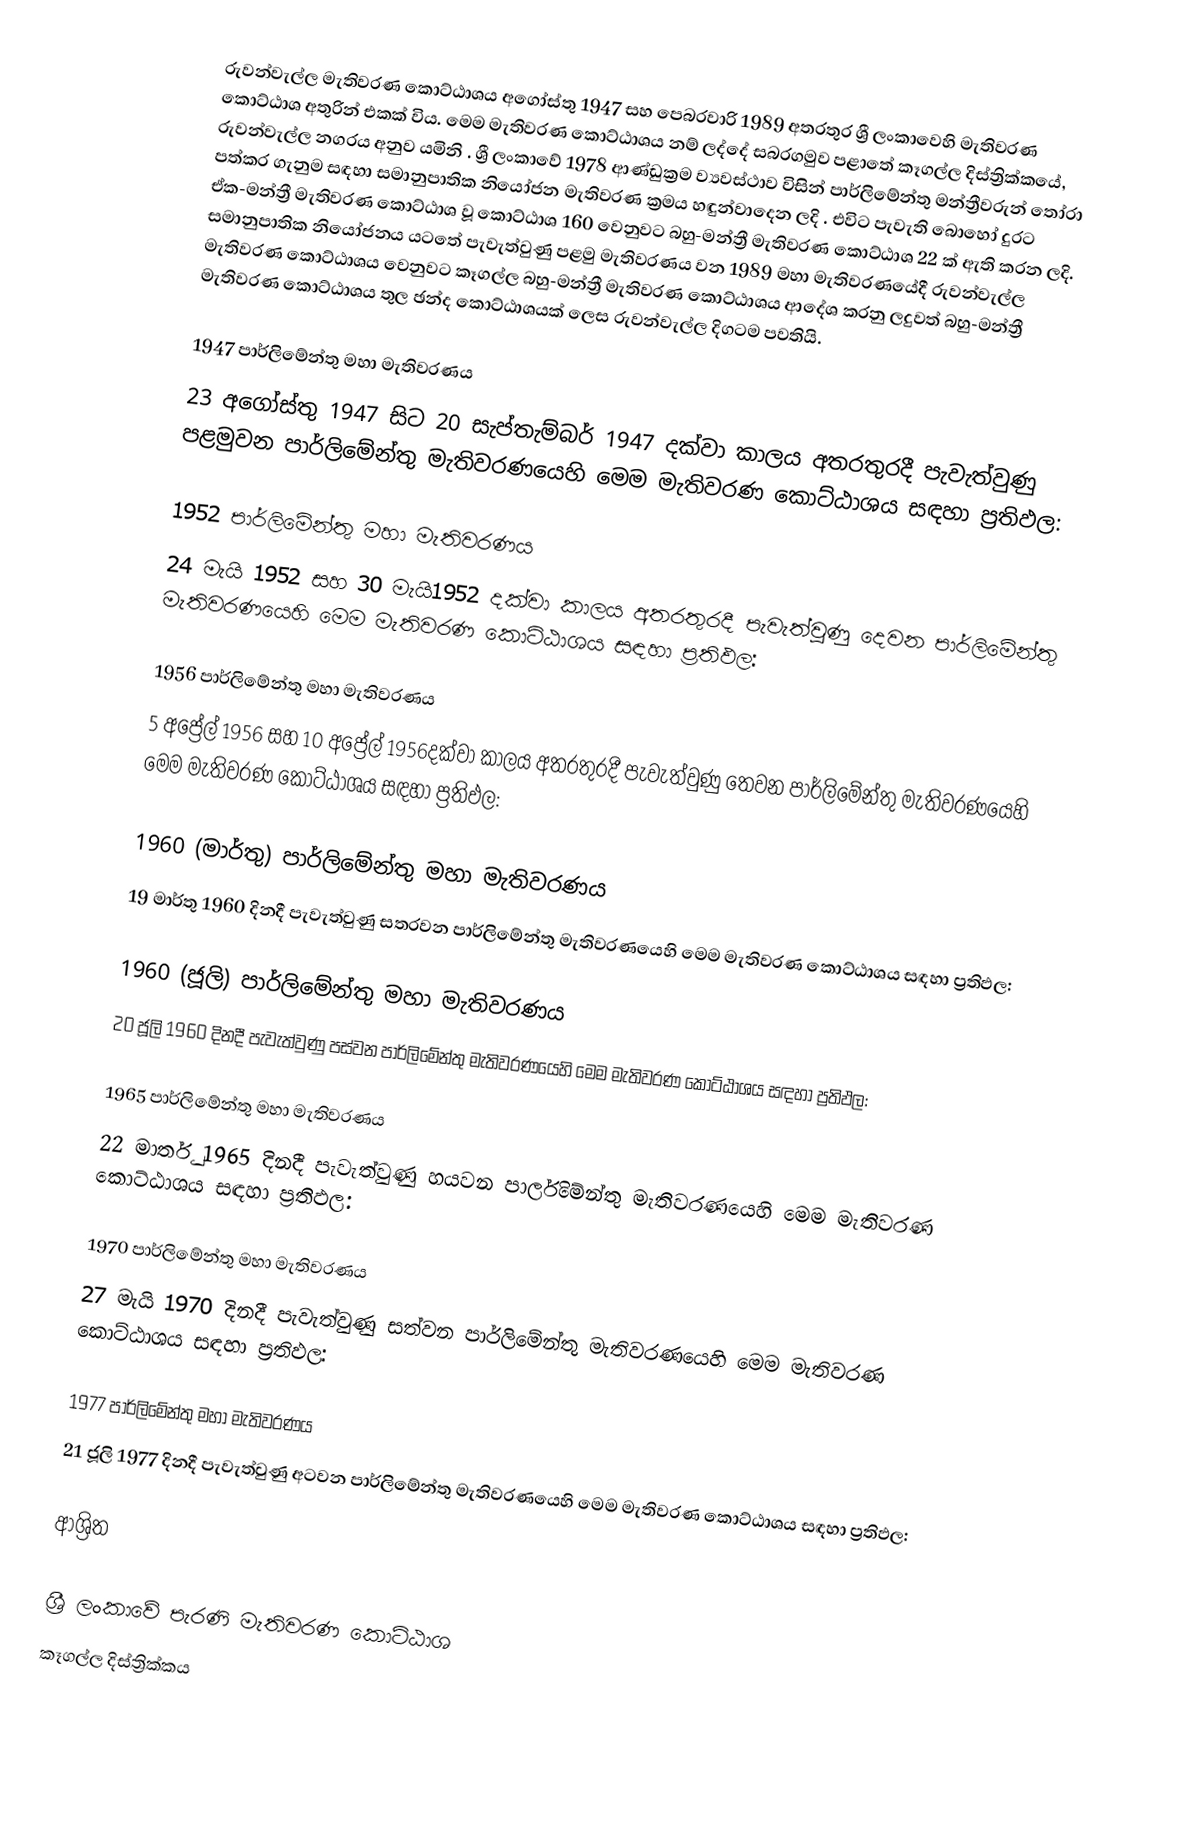
රුවන්වැල්ල මැතිවරණ කොට්ඨාශය  අගෝස්තු 1947 සහ පෙබරවාරි 1989 අතරතුර  ශ්‍රී ලංකාවෙහි  මැතිවරණ කොට්ඨාශ අතුරින් එකක් විය. මෙම මැතිවරණ කොට්ඨාශය නම් ලද්දේ  සබරගමුව පළාතේ  කෑගල්ල  දිස්ත්‍රික්කයේ,  රුවන්වැල්ල නගරය අනුව යමිනි . ශ්‍රී ලංකාවේ 1978 ආණ්ඩුක්‍රම ව්‍යවස්ථාව විසින්   පාර්ලිමේන්තු මන්ත්‍රීවරුන් තෝරා පත්කර ගැනුම සඳහා සමානුපාතික නියෝජන මැතිවරණ ක්‍රමය හඳුන්වාදෙන ලදි . එවිට පැවැති බොහෝ දුරට  ඒක-මන්ත්‍රී මැතිවරණ කොට්ඨාශ වූ කොට්ඨාශ 160 වෙනුවට බහු-මන්ත්‍රී මැතිවරණ කොට්ඨාශ 22 ක් ඇති කරන ලදි. සමානුපාතික නියෝජනය යටතේ පැවැත්වුණු  පළමු මැතිවරණය වන 1989 මහා මැතිවරණයේදී  රුවන්වැල්ල මැතිවරණ කොට්ඨාශය වෙනුවට  කෑගල්ල බහු-මන්ත්‍රී මැතිවරණ කොට්ඨාශය  ආදේශ කරනු ලදුවත් බහු-මන්ත්‍රී මැතිවරණ කොට්ඨාශය තුල ඡන්ද කොට්ඨාශයක් ලෙස රුවන්වැල්ල දිගටම පවතියි.

1947 පාර්ලිමේන්තු මහා මැතිවරණය
23 අගෝස්තු 1947 සිට 20 සැප්තැම්බර් 1947 දක්වා කාලය අතරතුරදී පැවැත්වුණු   පළමුවන පාර්ලිමේන්තු මැතිවරණයෙහි මෙම මැතිවරණ කොට්ඨාශය සඳහා ප්‍රතිඵල:

1952 පාර්ලිමේන්තු මහා මැතිවරණය
24 මැයි 1952 සහ 30 මැයි1952 දක්වා කාලය අතරතුරදී පැවැත්වුණු   දෙවන පාර්ලිමේන්තු මැතිවරණයෙහි මෙම මැතිවරණ කොට්ඨාශය සඳහා ප්‍රතිඵල:

1956 පාර්ලිමේන්තු මහා මැතිවරණය
5 අප්‍රේල් 1956 සහ 10 අප්‍රේල් 1956දක්වා කාලය අතරතුරදී පැවැත්වුණු   තෙවන පාර්ලිමේන්තු මැතිවරණයෙහි මෙම මැතිවරණ කොට්ඨාශය සඳහා ප්‍රතිඵල:

1960 (මාර්තු) පාර්ලිමේන්තු මහා මැතිවරණය
19 මාර්තු 1960 දිනදී පැවැත්වුණු   සතරවන පාර්ලිමේන්තු මැතිවරණයෙහි මෙම මැතිවරණ කොට්ඨාශය සඳහා ප්‍රතිඵල:

1960 (ජූලි) පාර්ලිමේන්තු මහා මැතිවරණය
20 ජූලි 1960 දිනදී පැවැත්වුණු   පස්වන පාර්ලිමේන්තු මැතිවරණයෙහි මෙම මැතිවරණ කොට්ඨාශය සඳහා ප්‍රතිඵල:

1965 පාර්ලිමේන්තු මහා මැතිවරණය
22 මාර්තු 1965  දිනදී පැවැත්වුණු   හයවන පාර්ලිමේන්තු මැතිවරණයෙහි මෙම මැතිවරණ කොට්ඨාශය සඳහා ප්‍රතිඵල:

1970 පාර්ලිමේන්තු මහා මැතිවරණය
27 මැයි 1970 දිනදී පැවැත්වුණු   සත්වන පාර්ලිමේන්තු මැතිවරණයෙහි මෙම මැතිවරණ කොට්ඨාශය සඳහා ප්‍රතිඵල:

1977 පාර්ලිමේන්තු මහා මැතිවරණය
21 ජූලි 1977 දිනදී පැවැත්වුණු   අටවන පාර්ලිමේන්තු මැතිවරණයෙහි මෙම මැතිවරණ කොට්ඨාශය සඳහා ප්‍රතිඵල:

ආශ්‍රිත

ශ්‍රී ලංකාවේ පැරණි මැතිවරණ කොට්ඨාශ
 කෑගල්ල දිස්ත්‍රික්කය